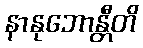
နာနုဘောန္တီတိ